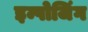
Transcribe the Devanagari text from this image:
इम्पोजिंग